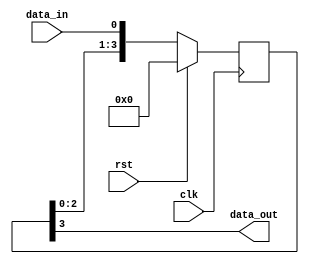
module four_flop_synchronizer (
    input wire clk, // clock signal
    input wire rst, // reset signal
    input wire data_in, // input data signal
    output reg data_out // synchronized output data signal
);

reg [3:0] ff_data; // data signal passing through the flip-flops

always @(posedge clk) begin
    if (rst) begin
        ff_data <= 4'b0000; // reset the data signal
    end else begin
        ff_data <= {ff_data[2:0], data_in}; // pass the input data signal through the flip-flops
    end
end

assign data_out = ff_data[3]; // synchronized output data is the last flip-flop data

endmodule